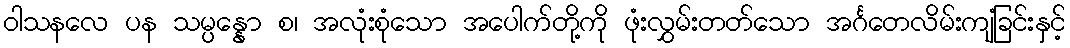
ဝါသနလေ ပန သမ္ပန္နော စ၊ အလုံးစုံသော အပေါက်တို့ကို ဖုံးလွှမ်းတတ်သော အင်္ဂတေလိမ်းကျံခြင်းနှင့်